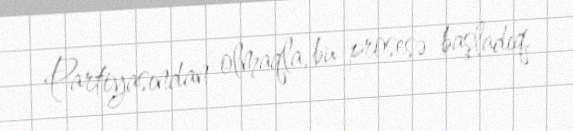
Partiyasından olmaqla, bu prosesə başladıq.